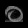
Digit: ၀